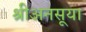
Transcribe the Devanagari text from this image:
श्रीअनसूया